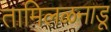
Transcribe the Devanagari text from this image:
तामिलळनाडू